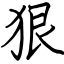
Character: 狠